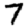
Digit: 7